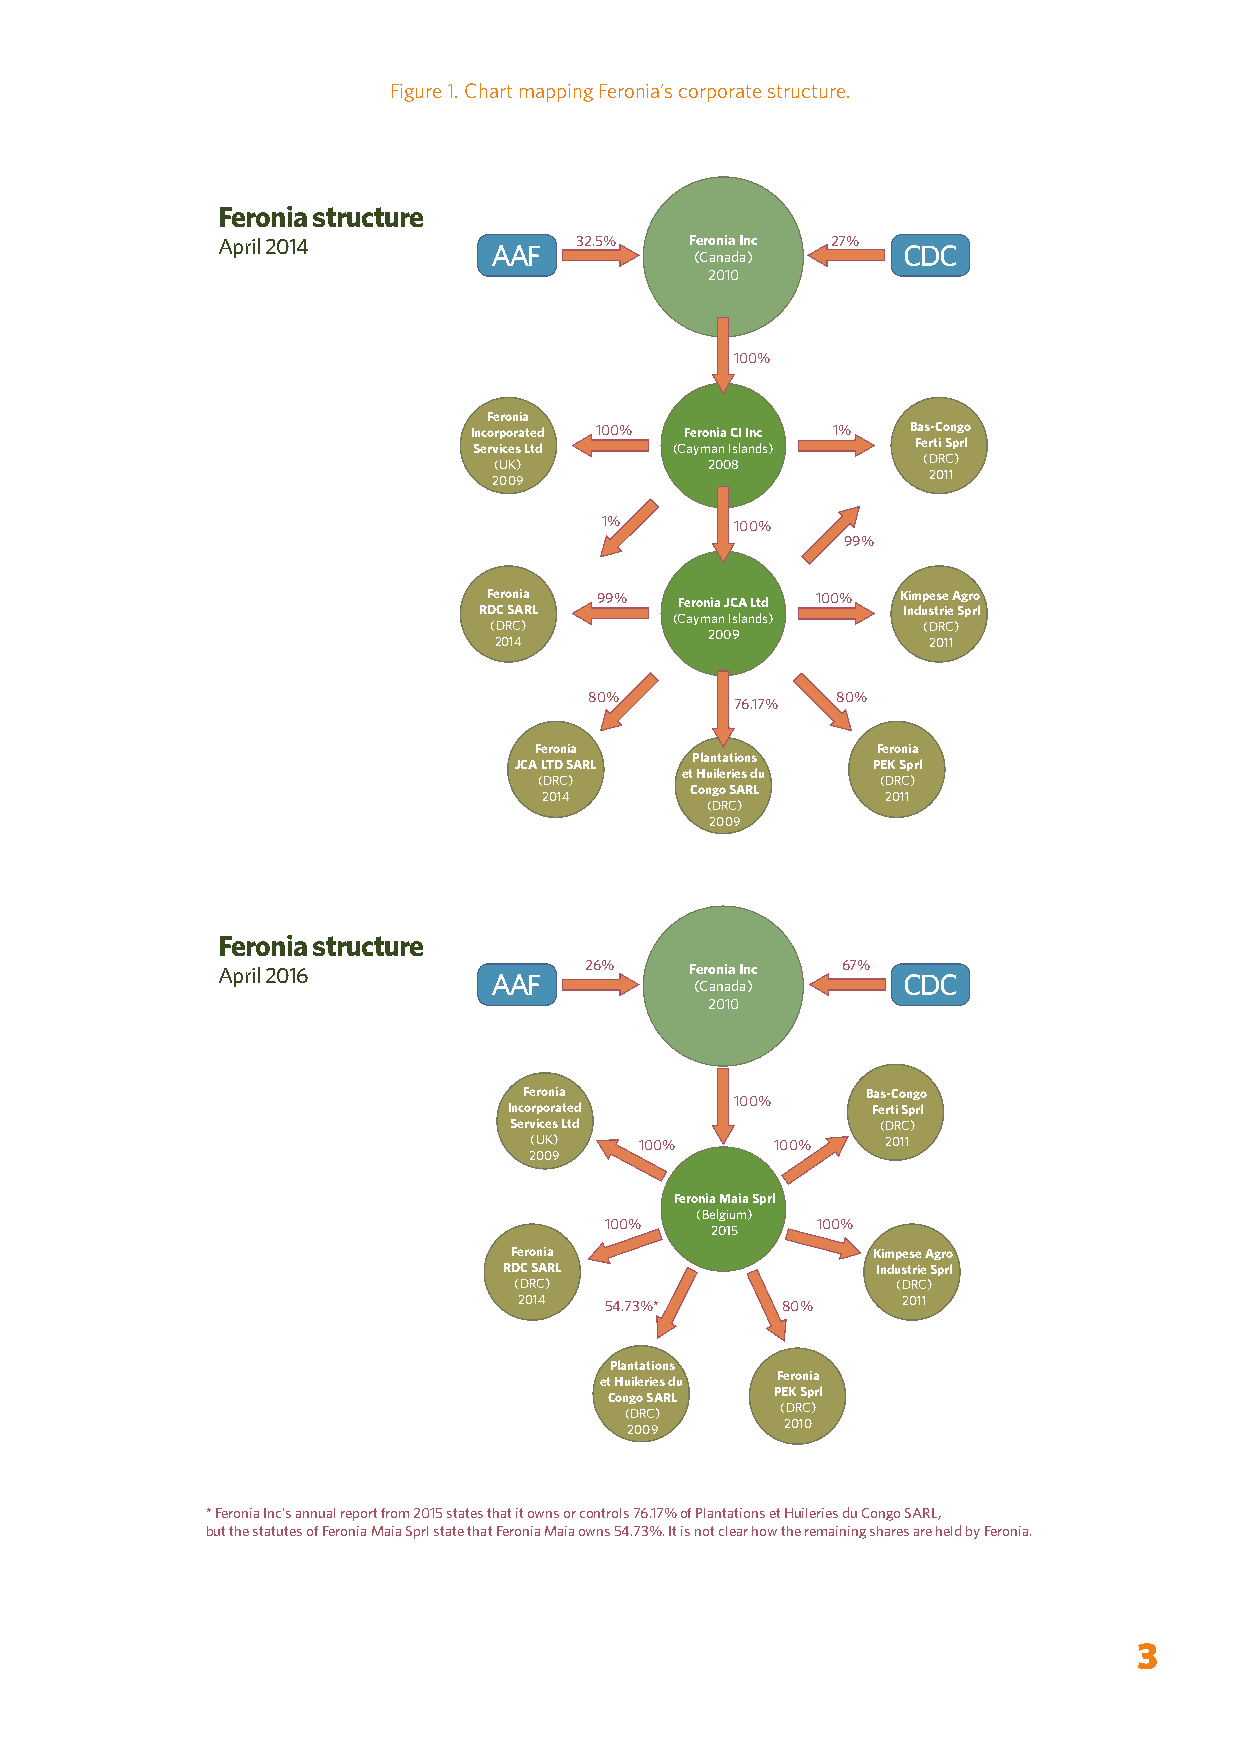
Figure 1. Chart mapping Feronia’s corporate structure.
 Feronia structure
 April 2014              32.5%   Feronia Inc 27%
 AAF                         CDC
 (Canada)
 2010
 100%
 Feronia
 Incorporated 100% Feronia CI Inc 1% Bas-Congo
 Services Ltd  (Cayman Islands) Ferti Sprl
 (UK)          2008          (DRC)
 2009                        2011
 1%       100%
 99%
 Feronia 99%  Feronia JCA Ltd 100% Kimpese Agro
 RDC SARL                    Industrie Sprl
 (Cayman Islands)
 (DRC)                        (DRC)
 2009
 2014                        2011
 80%             80%
 76.17%
 Feronia                Feronia
 Plantations
 JCA LTD SARL            PEK Sprl
 et Huileries du
 (DRC)                 (DRC)
 Congo SARL
 2014                   2011
 (DRC)
 2009
 Feronia structure
 April 2016               26%    Feronia Inc 67%
 AAF                         CDC
 (Canada)
 2010
 Feronia               Bas-Congo
 100%
 Incorporated            Ferti Sprl
 Services Ltd            (DRC)
 (UK)   100%     100%    2011
 2009
 Feronia Maia Sprl
 (Belgium)
 100%          100%
 2015
 Feronia                 Kimpese Agro
 RDC SARL                 Industrie Sprl
 (DRC)                    (DRC)
 2014  54.73%*     80%     2011
 Plantations
 et Huileries du Feronia
 Congo SARL PEK Sprl
 (DRC)      (DRC)
 2009       2010
 * Feronia Inc’s annual report from 2015 states that it owns or controls 76.17% of Plantations et Huileries du Congo SARL,
 but the statutes of Feronia Maia Sprl state that Feronia Maia owns 54.73%. It is not clear how the remaining shares are held by Feronia.
 3